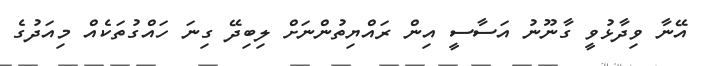
އޭނާ ވިދާޅުވީ ގާނޫނު އަސާސީ އިން ރައްޔިތުންނަށް ލިބިދޭ ގިނަ ހައްގުތަކެއް މިއަދުގެ